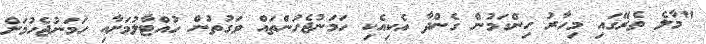
"މާލެ ތެރޭގައި މިހާރު ހިންގަމުން ގެންދާ އެކިއެކި ހަމަނުޖެހުންތައް ވަގުތުން ހުއްޓާލުމަށާއި ހަމަނުޖެހުމަށް